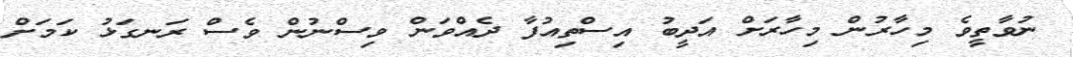
ނުވާތީވެ މިހާރުން މިހާރަށް އަދީބު އިސްތިއުފާ ދެއްވަން ވިސްނުން ވެސް ރަނގަޅު ކަމަށް